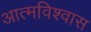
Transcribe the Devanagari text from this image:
आत्‍मविश्‍वास